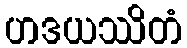
ဟဒယဿိတံ